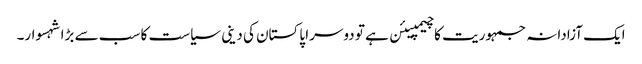
ایک آزادانہ جمہوریت کا چیمپیئن ہے تو دوسرا پاکستان کی دینی سیاست کا سب سے بڑا شہسوار۔